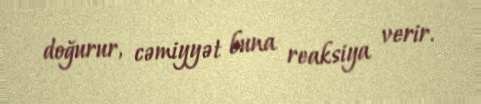
doğurur, cəmiyyət buna reaksiya verir.